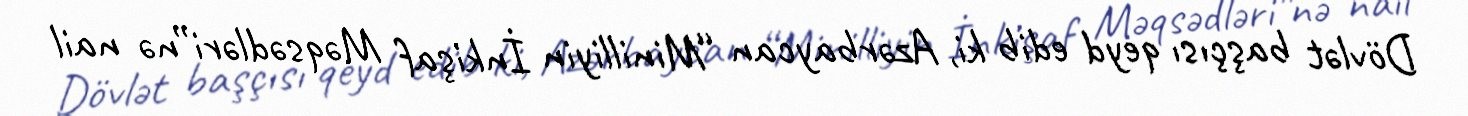
Dövlət başçısı qeyd edib ki, Azərbaycan “Minilliyin İnkişaf Məqsədləri”nə nail